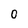
Character: 0